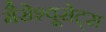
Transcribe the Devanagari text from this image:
मैसेश्यूसेट्स